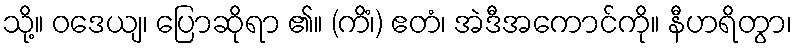
သို့။ ဝဒေယျ၊ ပြောဆိုရာ ၏။ (ကိံ၊) ဧတံ၊ အဲဒီအကောင်ကို။ နီဟရိတွာ၊